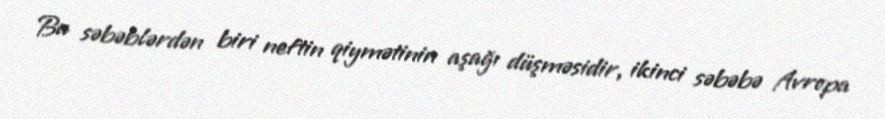
Bu səbəblərdən biri neftin qiymətinin aşağı düşməsidir, ikinci səbəbə Avropa